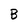
Character: B